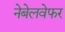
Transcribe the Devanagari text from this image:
नेबेलवेफर